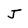
Character: J